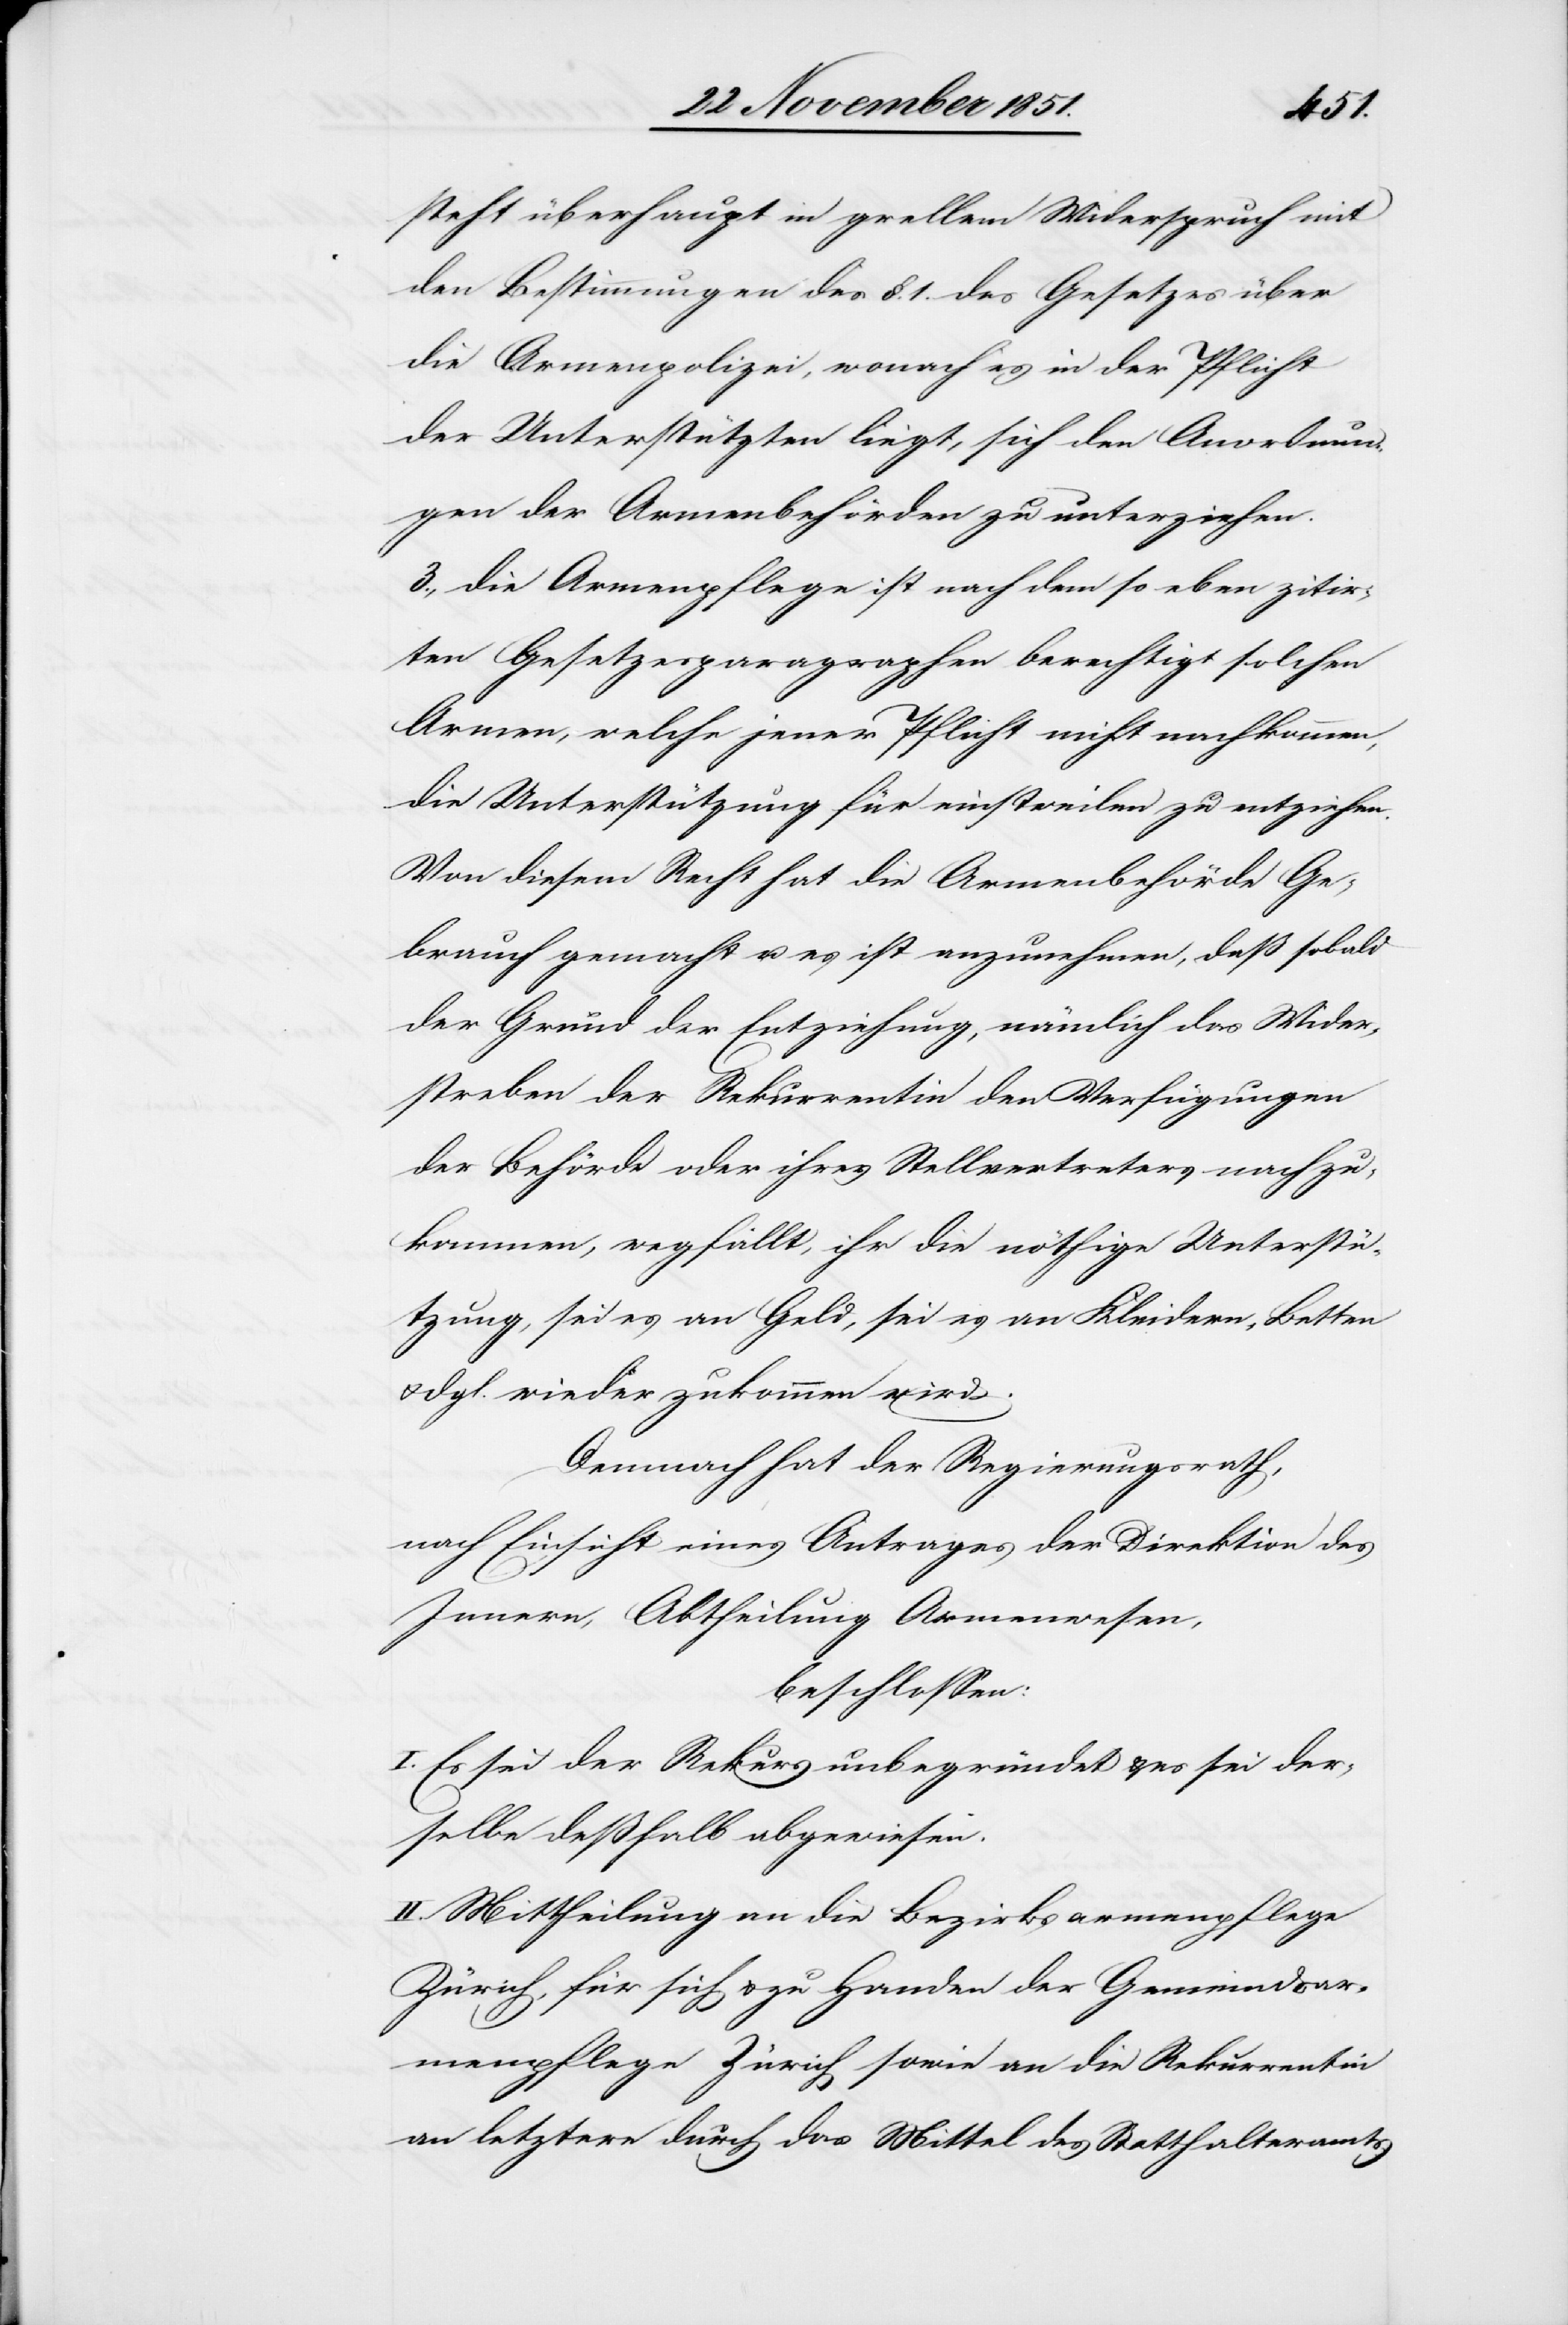
steht überhaupt in grellem Widerspruch mit
den Bestimmungen des §. 1. des Gesetzes über
die Armenpolizei, wonach es in der Pflicht
der Unterstützten liegt, sich den Anordnun¬
gen der Armenbehörden zu unterziehen.
3., die Armenpflege ist nach dem so eben zitir¬
ten Gesetzesparagraphen berechtigt solchen
Armen, welche jener Pflicht nicht nachkommen,
die Unterstützung für einstweilen zu entziehen.
Von diesem Recht hat die Armenbehörde Ge¬
brauch gemacht u. es ist anzunehmen, daß sobald
der Grund der Entziehung, nämlich das Wider¬
streben der Rekurrentin den Verfügungen
der Behörde oder ihres Stellvertreters nachzu¬
kommen, wegfällt, ihr die nöthige Unterstü¬
tzung, sei es an Geld, sei es an Kleidern, Betten
dgl. wieder zukommen wird.
Demnach hat der Regierungsrath,
nach Einsicht eines Antrages der Direktion des
Innern, Abtheilung Armenwesen,
beschlossen:
I. Es sei der Rekurs unbegründet & es sei der¬
selbe deßhalb abgewiesen.
II. Mittheilung an die Bezirksarmenpflege
Zürich, für sich & zu Handen der Gemeindsar¬
menpflege Zürich sowie an die Rekurrentin
an letztere durch das Mittel des Statthalteramts.